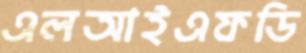
এলআইএফডি